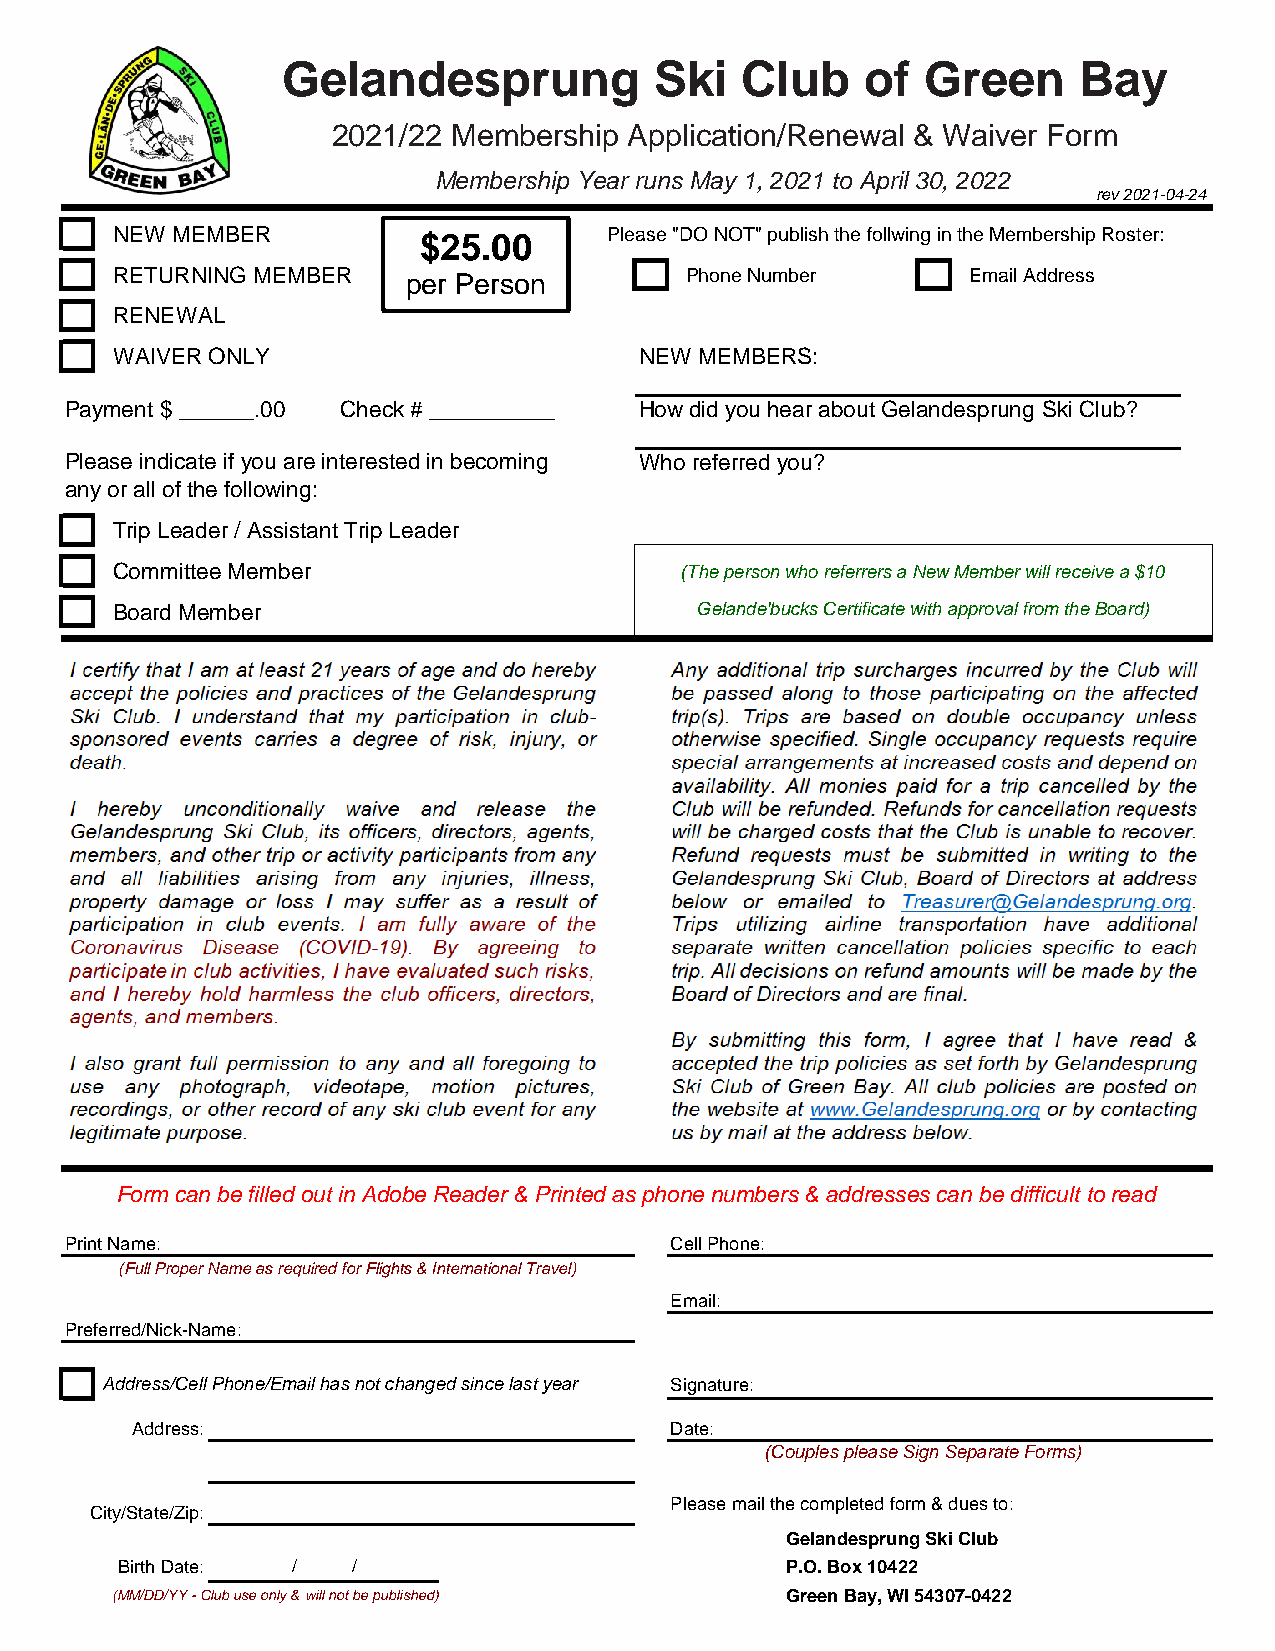
Gelandesprung           Ski   Club    of  Green     Bay
 2021/22 Membership  Application/Renewal & Waiver Form
 Membership Year runs May 1, 2021 to April 30, 2022
 rev 2021-04-24
 NEW MEMBER           $25.00      Please "DO NOT" publish the follwing in the Membership Roster:
 RETURNING MEMBER    per Person        Phone Number       Email Address
 RENEWAL
 WAIVER ONLY                        NEW MEMBERS:
 Payment $ ______.00 Check # __________ How did you hear about Gelandesprung Ski Club?
 Please indicate if you are interested in becoming Who referred you?
 any or all of the following:
 Trip Leader / Assistant Trip Leader
 Committee Member                      (The person who referrers a New Member will receive a $10
 Board Member                           Gelande'bucks Certificate with approval from the Board)
 Form can be filled out in Adobe Reader & Printed as phone numbers & addresses can be difficult to read
 Print Name:                             Cell Phone:
 (Full Proper Name as required for Flights & International Travel)
 Email:
 Preferred/Nick-Name:
 Address/Cell Phone/Email has not changed since last year Signature:
 Address:                           Date:
 (Couples please Sign Separate Forms)
 Please mail the completed form & dues to:
 City/State/Zip:
 Gelandesprung Ski Club
 Birth Date: /  /                            P.O. Box 10422
 (MM/DD/YY - Club use only & will not be published) Green Bay, WI 54307-0422